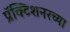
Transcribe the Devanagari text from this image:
प्रॅक्टिशनरच्या